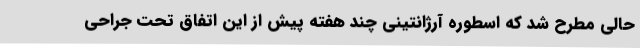
حالی مطرح شد که اسطوره آرژانتینی چند هفته پیش از این اتفاق تحت جراحی